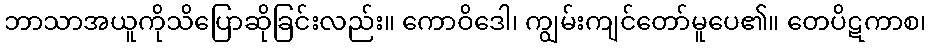
ဘာသာအယူကိုသိပြောဆိုခြင်းလည်း။ ကောဝိဒေါ၊ ကျွမ်းကျင်တော်မူပေ၏။ တေပိဋကာစ၊